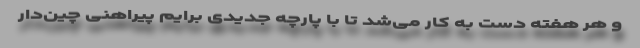
و هر هفته دست به کار می‌شد تا با پارچه جدیدی برایم پیراهنی چین‌دار